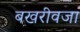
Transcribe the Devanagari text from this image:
बखरीवजा